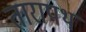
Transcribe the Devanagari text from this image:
तारापथ